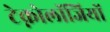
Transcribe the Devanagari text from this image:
टेक्नोलॉजियों